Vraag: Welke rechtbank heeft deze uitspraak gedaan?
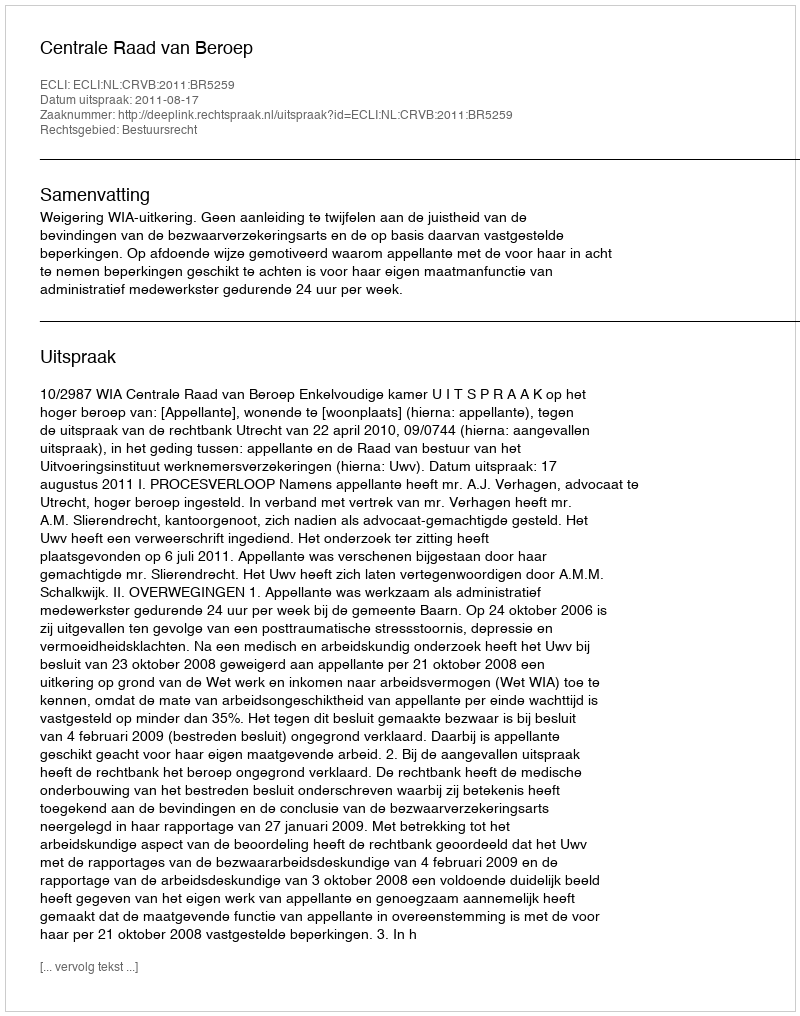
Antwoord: Centrale Raad van Beroep